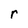
Character: r